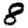
Digit: 8